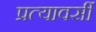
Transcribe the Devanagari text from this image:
प्रत्यावर्सी